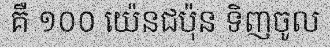
គឺ ១០០ យ៉េនជប៉ុន ទិញចូល